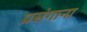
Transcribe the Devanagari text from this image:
प्रसंगाना